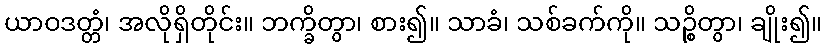
ယာဝဒတ္တံ၊ အလိုရှိတိုင်း။ ဘက္ခိတွာ၊ စား၍။ သာခံ၊ သစ်ခက်ကို။ သဉ္စိတွာ၊ ချိုး၍။